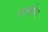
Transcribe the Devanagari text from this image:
लार्क्सपर